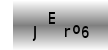
Text: JEro6